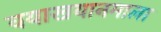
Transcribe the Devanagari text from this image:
वयाखयानमाला